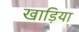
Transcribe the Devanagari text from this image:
खाड़िया